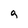
Character: g